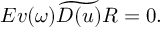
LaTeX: E v ( \omega ) \widetilde { { \cal D } ( u ) } { \cal R } = 0 .